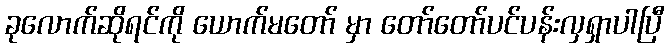
ခုလောက်ဆိုရင်ကို ယောက်မတော် မှာ တော်တော်ပင်ပန်းလှရှာပါပြီ